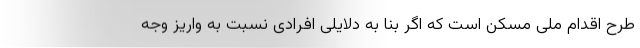
طرح اقدام ملی مسکن است که اگر بنا به دلایلی افرادی نسبت به واریز وجه